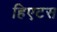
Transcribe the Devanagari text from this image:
हिएटस